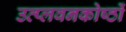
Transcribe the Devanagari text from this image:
उत्प्लवनकोष्ठों